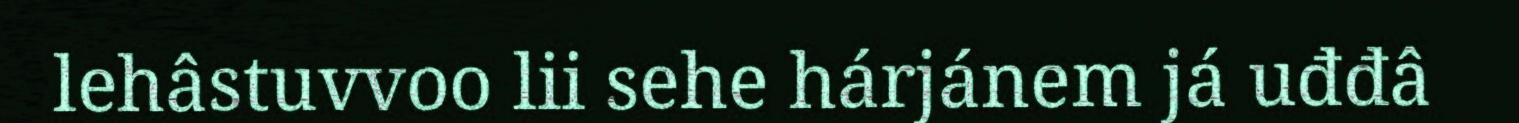
lehâstuvvoo lii sehe hárjánem já uđđâ